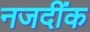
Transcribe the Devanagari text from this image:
नजदींक